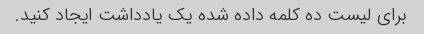
برای لیست ده کلمه داده شده یک یادداشت ایجاد کنید.